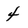
Character: 4